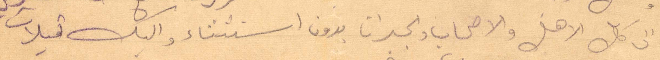
الى كل الاهل والاصحاب والجيران بدون استثناء واليك قبلات